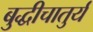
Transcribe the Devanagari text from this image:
बुद्धीचातुर्य